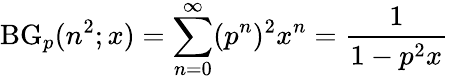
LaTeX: \operatorname{BG}_{p}(n^{2};x)=\sum_{n=0}^{\infty}(p^{n})^{2}x^{n}={\frac{1}{1-p^{2}x}}